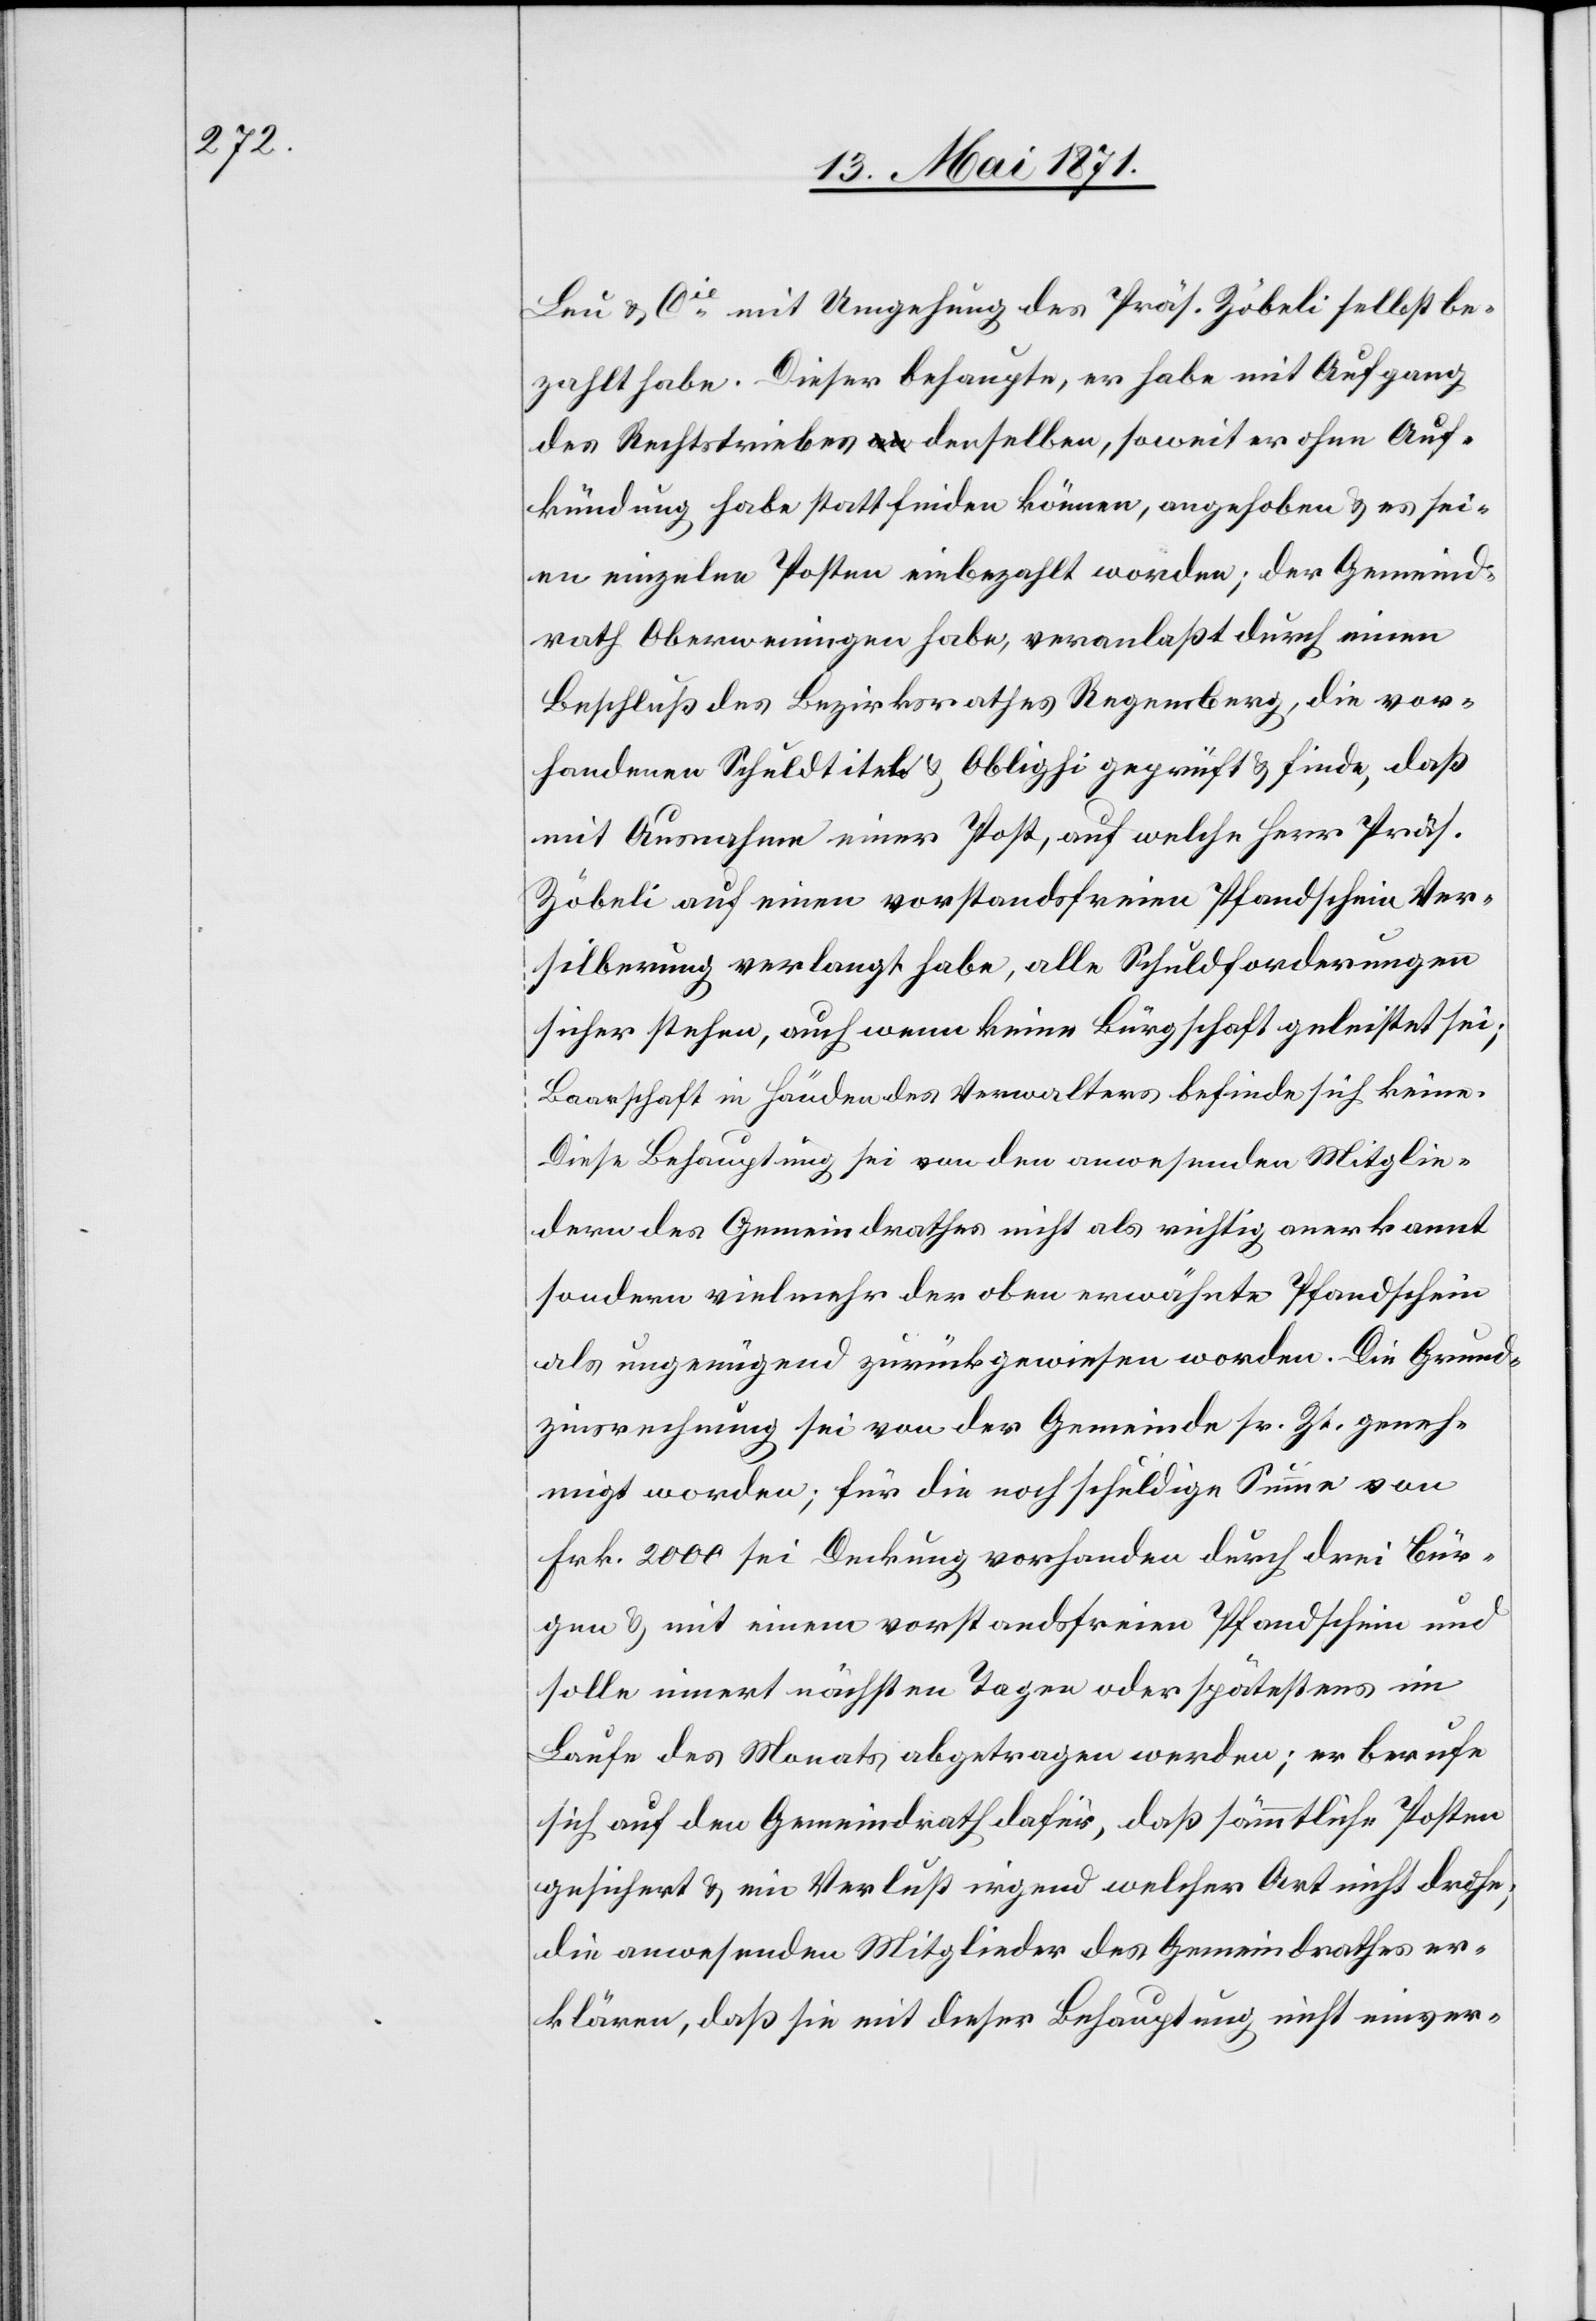
Leu & Cie. mit Umgehung des Präs. Zöbeli selbst be¬
zahlt habe. Dieser behaupte, er habe mit Aufgang
des Rechtstriebes denselben, soweit er ohne Auf¬
kündung habe stattfinden können, angehoben u. es sei¬
en einzelne Posten einbezahlt worden; der Gemeind¬
rath Oberweningen habe, veranlaßt durch einen
Beschluß des Bezirksrathes Regensberg, die vor¬
handenen Schuldtitel u. Oblighi geprüft u. finde, daß
mit Ausnahme einer Post, auf welche Herr Präs.
Zöbeli auf einen vorstandsfreien Pfandschein Ver¬
silberung verlangt habe, alle Schuldforderungen
sicher stehen, auch wenn keine Bürgschaft geleistet sei;
Baarschaft in Händen des Verwalters befinde sich keine.
Diese Behauptung sie von den anwesenden Mitglie¬
dern des Gemeindrathes nicht als richtig anerkannt
sondern vielmehr der oben erwähnte Pfandschein
als ungenügend zurückgewiesen worden. Die Grund¬
zinsrechnung sei von der Gemeinde sr. Zt. geneh¬
migt worden; für die noch schuldige Summe von
Frk. 2000 sei Deckung vorhanden durch drei Bür¬
gen u. mit einem vorstandsfreien Pfandschein und
solle innert nächsten Tagen oder spätestens im
Laufe des Monats abgetragen werden; er berufe
sich auf den Gemeindrath dafür, daß sämmtliche Posten
gesichert u. ein Verlust irgend welcher Art nicht drohe;
die anwesenden Mitglieder des Gemeindrathes er¬
klären, daß sie mit dieser Behauptung nicht einver-